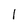
Character: 1